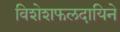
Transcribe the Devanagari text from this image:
विशेशफलदायिने